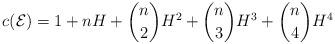
LaTeX: \begin{align*}c(\mathcal E) = 1+nH+\binom{n}{2}H^2+\binom{n}{3}H^3+\binom{n}{4}H^4\end{align*}